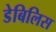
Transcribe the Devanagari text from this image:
डेबिलिस